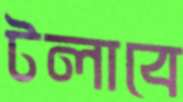
টলাবে